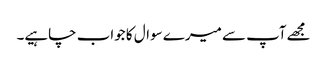
مجھےآپ سے میرے سوال کا جواب چاہیے۔